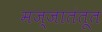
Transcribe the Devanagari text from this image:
मज्जातंतूत